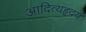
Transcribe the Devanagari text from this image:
आदित्यहृदय